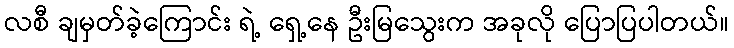
လစီ ချမှတ်ခဲ့ကြောင်း ရဲ့ ရှေ့နေ ဦးမြသွေးက အခုလို ပြောပြပါတယ်။